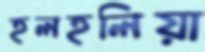
হলহলিয়া